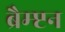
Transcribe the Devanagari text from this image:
ब्रैम्प्टन